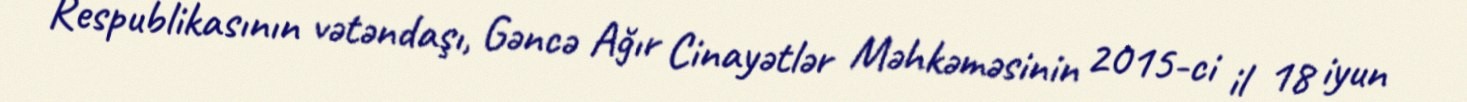
Respublikasının vətəndaşı, Gəncə Ağır Cinayətlər Məhkəməsinin 2015-ci il 18 iyun